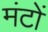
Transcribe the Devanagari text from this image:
मंटों